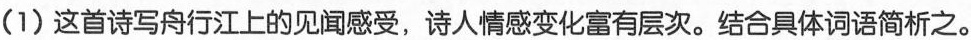
(1)这首诗写舟行江上的见闻感受，诗人情感变化富有层次。结合具体词语简析之。